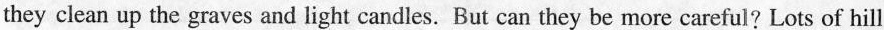
they clean up the graves and light candles. But can they be more careful? Lots of hill